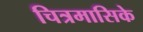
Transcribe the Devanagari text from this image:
चित्रमासिके